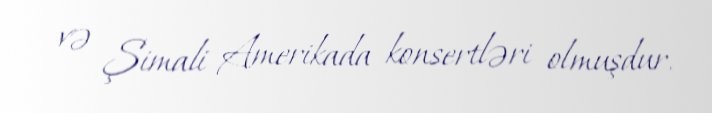
və Şimali Amerikada konsertləri olmuşdur.